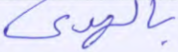
بالهدى